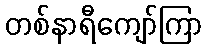
တစ်နာရီကျော်ကြာ